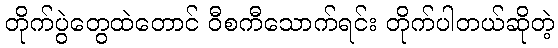
တိုက်ပွဲတွေထဲတောင် ဝီစကီသောက်ရင်း တိုက်ပါတယ်ဆိုတဲ့